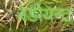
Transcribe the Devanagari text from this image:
रेडीयन्ट